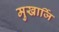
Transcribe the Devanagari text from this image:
मुखार्जि